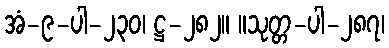
အံ-၉-ပါ-၂၃၀၊ ဋ္ဌ-၂၈၂။ ။သုတ္တ-ပါ-၂၈၇၊